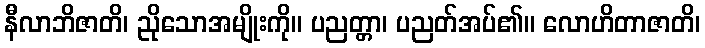
နီလာဘိဇာတိ၊ ညိုသောအမျိုးကို။ ပညတ္တာ၊ ပညတ်အပ်၏။ လောဟိတာဇာတိ၊